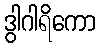
ဒွါဂါရိကော